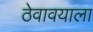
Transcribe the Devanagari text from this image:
ठेवावयाला